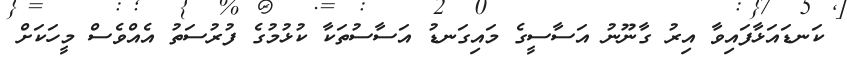
ކަނޑައަޅާފައިވާ އިރު ގާނޫނު އަސާސީގެ މައިގަނޑު އަސާސުތަކާ ކުޅުމުގެ ފުރުސަތު އެއްވެސް މީހަކަށް